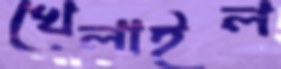
খেলাইল